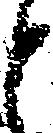
と